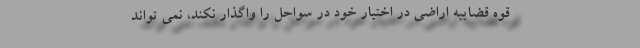
قوه قضاییه اراضی در اختیار خود در سواحل را واگذار نکند، نمی تواند